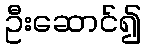
ဦးဆောင်၍